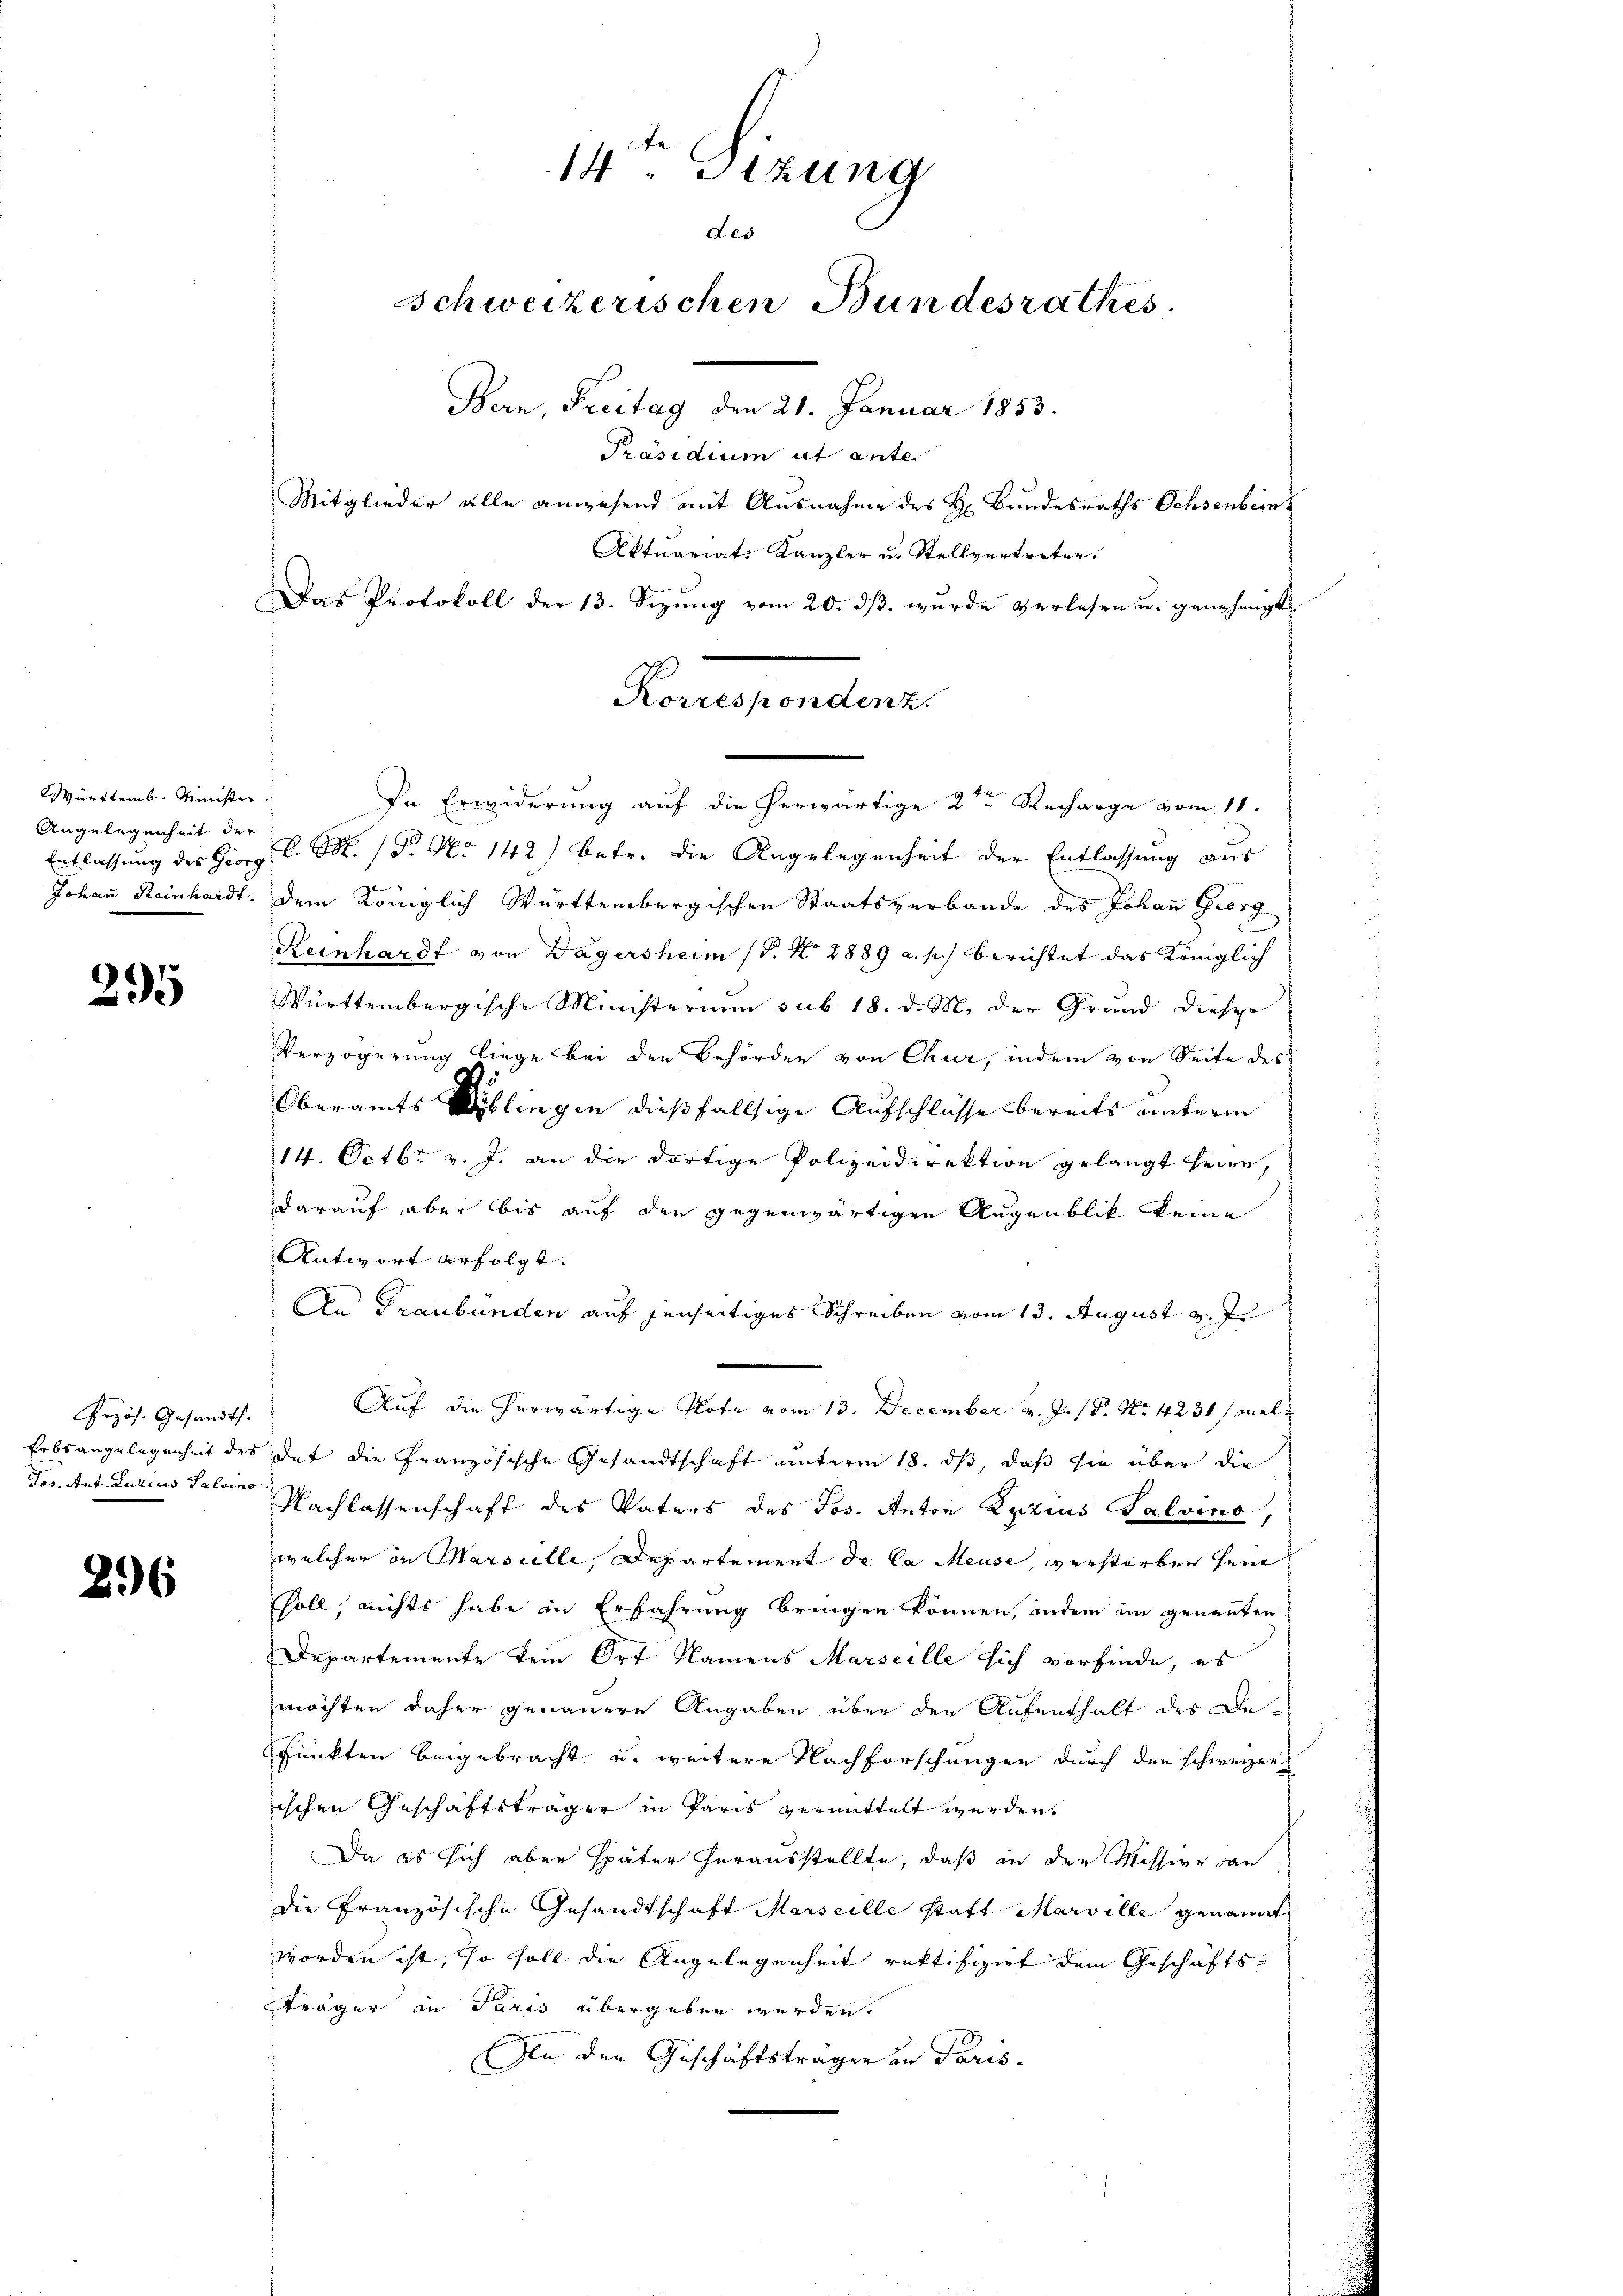
Württemb. Minister
Angelegenheit der

295

Erzös. Gesandts.
Jes. Ant. Luzius Salvino

296

14. Sizung
des
Schweizerischen Bundesrathes.
Bern, Freitag den 21. Januar 1853.
Präsidium ut ante
Mitglieder alle anwesend mit Ausnahme des H. Bundesraths Ochsenbein
Aktuariat Kanzler u. Stellvertreter.
Das Protokoll der 13. Sizŭng vom 20. dβ. wurde verlesen u. genehmigt

Entlassung des Georg C. M. (Dr. No 142) Betr. die Angelegenheit der Entlassung aus
Johann Reinhardt. dem Königlich Württembergischen Staatsverbande des Johann Georg
Reinhardt von Dägersheim (§. N. 2889 a. p.) berichtet das Königlich
Württembergische Ministerium sub 18. d. M. der Grund dieser
Verzögerung liege bei den Behörder von Chur, indem von Seite des
Oberamts Biblingen dießfallsige Aufschlüsse bereits unterm
214. Octbr v. J. an die dortige Polizeidirektion gelangt seien,
darauf aber bis auf den gegenwärtigen Augenblik keine
Antwort erfolgt. |
An Graubünden auf jenseitiges Schreiben vom 13. August v. J.
Auf die herwärtige Note vom 13. December v. J. 18. No. 4231 sel
Erbsangelegenheit des det die Französische Gesandtschaft unterm 18. ds, daß sie über die
Nachlassenschaft des Vaters des Jos. Anton Rezius Salvino,
welcher in Marseille, Departement de la Meuse, verstorben sein
soll, nichts habe in Erfahrung bringen können, indem im genannten
Departemente kein Ort Namens Marseille sich vorfinde, es
möchten daher genauere Angaben über den Aufenthalt des De¬
Punkten beigebracht u. weitere Nachforschungen durch den schweizer
ischen Geschäftsträger in Paris vermittelt werden.
Da es sich aber später herausstellte, daß in der Missive dan
die Französische Gesandtschaft Marseille statt Marville genannt
worden ist, so soll die Angelegenheit rektifizirt dem Geschäfts¬
Träger an Paris übergeben werden.
In den Geschäftsträger in Paris

Korrespondenz.
In Erwiderung auf die herwärtige 2ten Recharge vom 11.